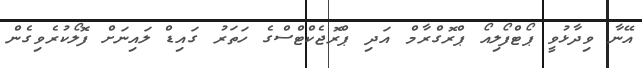
އޭނާ ވިދާޅުވީ ޕޯޓްފޯލިއޯ ޕްރޮގްރާމް އަދި ޕްރޮޖެކްޓްސްގެ ހަތަރު ގައިޑް ލައިނަށް ފޮލޯކުރެވިގެން